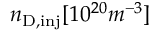
n _ { \mathrm { D , i n j } } [ 1 0 ^ { 2 0 } m ^ { - 3 } ]